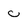
Character: c